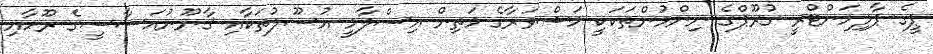
ޕީގެ ޕާލިމަންޓްރީ ގުރޫޕްގެ ނިންމުންތަކަކީ މަޝްވަރާގެ މަތިން އިސްލާމީ އުސޫލުތަކާއި ޤާނޫނުއަސާސީގެ ރޫހާއި